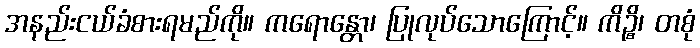
အနည်းငယ်ခံစားရမည်ကို။ ကရောန္တော၊ ပြုလုပ်သောကြောင့်။ ကိဉ္စိ၊ တစုံ